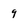
Character: 9